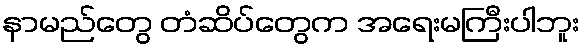
နာမည်တွေ တံဆိပ်တွေက အရေးမကြီးပါဘူး